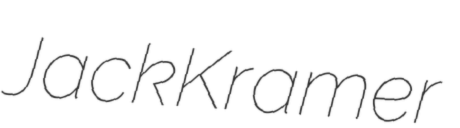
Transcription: Jack Kramer